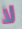
لا